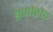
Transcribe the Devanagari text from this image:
इमोलेट